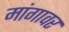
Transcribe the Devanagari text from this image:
मांगावर